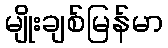
မျိုးချစ်မြန်မာ